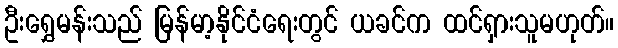
ဦးရွှေမန်းသည် မြန်မာ့နိုင်ငံရေးတွင် ယခင်က ထင်ရှားသူမဟုတ်။